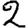
Digit: 2